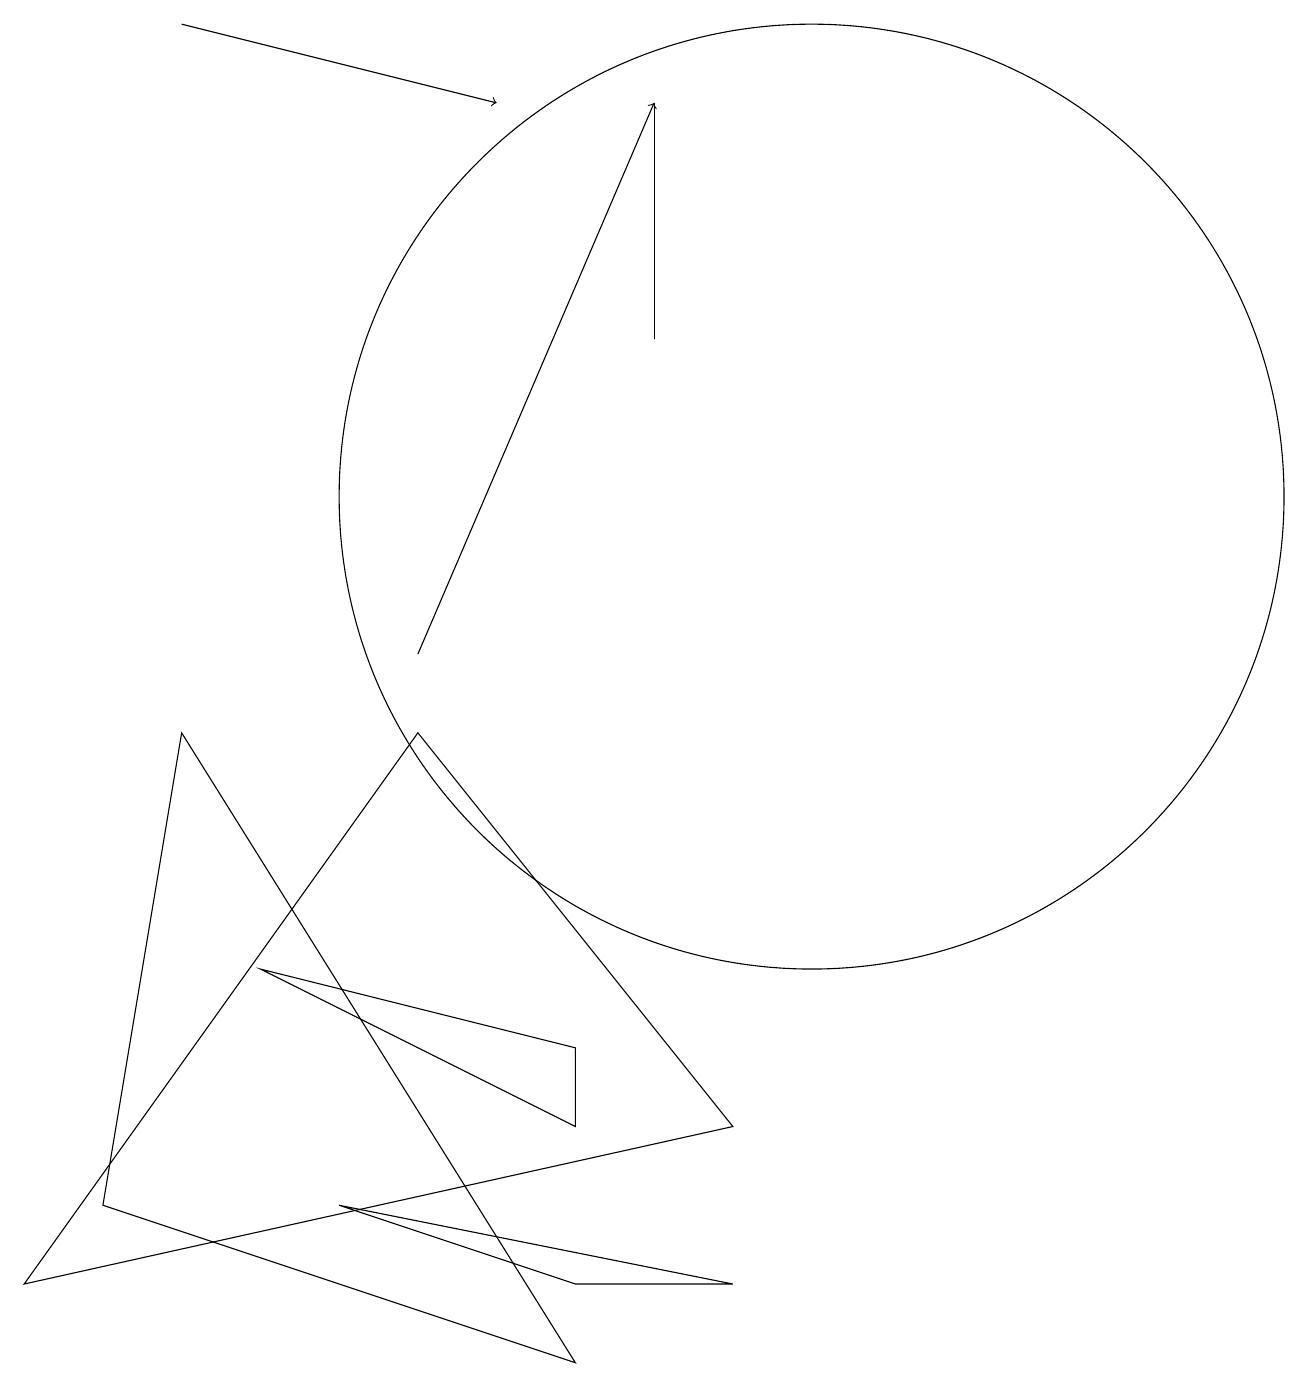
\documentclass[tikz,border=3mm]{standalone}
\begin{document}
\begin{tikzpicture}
\draw (10,12) circle (6);
\draw (7,5) -- (7,4) -- (3,6) -- cycle;
\draw (8,14) rectangle (8,17);
\draw (7,1) -- (2,9) -- (1,3) -- cycle;
\draw[->] (2,18) -- (6,17);
\draw[->] (5,10) -- (8,17);
\draw (5,9) -- (0,2) -- (9,4) -- cycle;
\draw (9,2) -- (4,3) -- (7,2) -- cycle;
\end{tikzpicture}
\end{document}